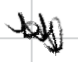
Text: by
Cross-out: zig-zag
Writing tool: digital_black